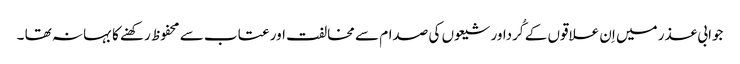
جوابی عذر میں اِن علاقوں کے کُرداور شیعوں کی صدام سے مخالفت اور عتاب سے محفوظ رکھنے کا بہانہ تھا ۔